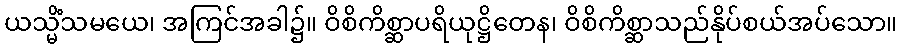
ယသ္မိံသမယေ၊ အကြင်အခါ၌။ ဝိစိကိစ္ဆာပရိယုဋ္ဌိတေန၊ ဝိစိကိစ္ဆာသည်နိုပ်စယ်အပ်သော။